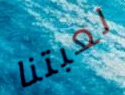
لعبتنا